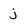
Character: j